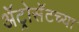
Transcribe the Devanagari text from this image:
ॲट्रोसॅटच्या